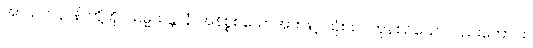
အာယတနာနိ၊ တို့ကို။ သမ္မသန္တာနံ၊ အနိစ္စစသောအားဖြင့် သုံးသပ်ကုန်စဉ်သော်လည်းကောင်း။